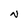
Character: N